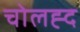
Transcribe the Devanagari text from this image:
चोलह्द